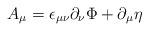
LaTeX: \begin{align*}A_{\mu} = \epsilon_{\mu\nu}\partial_{\nu}\Phi + \partial_{\mu}\eta\end{align*}